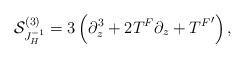
LaTeX: \begin{align*}{\cal S}^{(3)}_{J_H^{-1}}=3\left(\partial_z^3+2T^F\partial_z+{T^F}'\right),\end{align*}